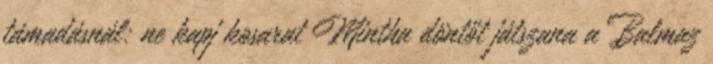
támadásnál: ne kapj kosarat Mintha döntőt játszana a Balmaz